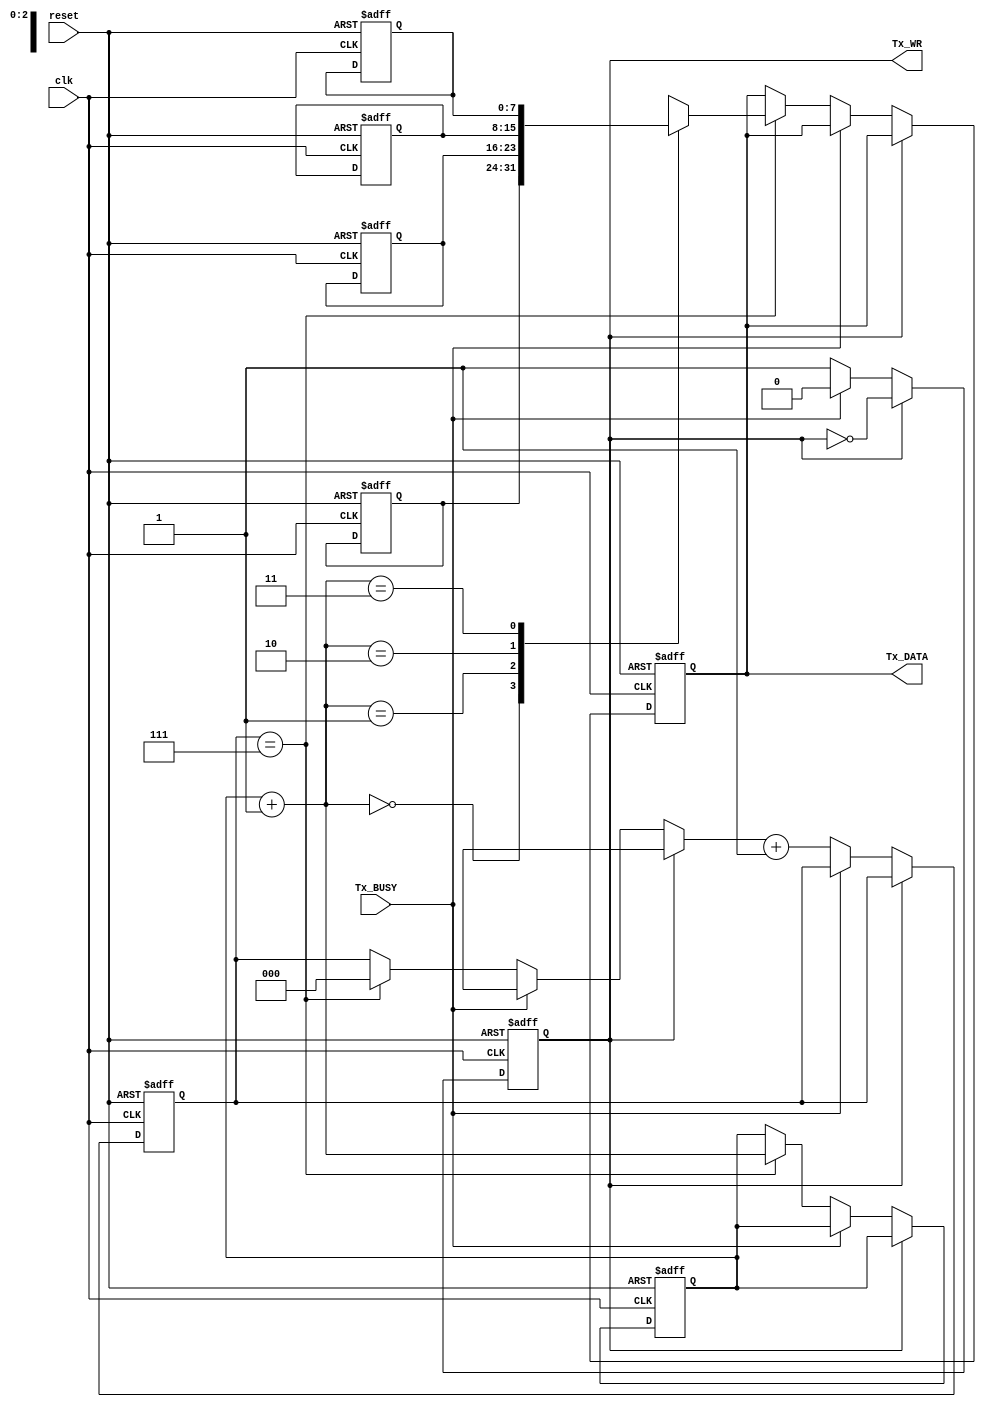
/* Axelou Olympia
 * oaxelou@uth.gr
 * 2161
 *
 * ce430
 * Project2: UART
 *
 * Part D-2: uart_transmitter_driver
 *
 *
 * uart_transmitter_driver: Selects the data to be transmitted.
 *
 * input : clk, reset, Tx_BUSY
 * output: Tx_WR, Tx_DATA
 *
 * The 4 symbols to be sent ('aa', '55', 'cc', '89') are stored in a buffer
 * which is accessed circularly.
 *
 * Comments on the implementation:
 * -> This transmitter driver circuit differs from the one of the partD-1:
 *    I have added a 3bit counter to slow down the circuit as - even for the
 *    slowest baud rate - it was too fast in real time.
 */

module uart_transmitter_driver(reset, clk, Tx_BUSY, Tx_DATA, Tx_WR);

  input reset, clk;
  input Tx_BUSY;

  output Tx_WR;
  output [7:0] Tx_DATA;

  reg Tx_WR;
  reg [7:0] Tx_DATA;

  reg [7:0] Tx_DATA_buffer [0:3];
  reg [1:0] word_counter;
  reg [2:0] counter_per_message;

  always @ (posedge clk or posedge reset) begin
    if(reset)
    begin
      Tx_DATA_buffer[0] = 8'b10101010;
      Tx_DATA_buffer[1] = 8'b01010101;
      Tx_DATA_buffer[2] = 8'b11001100;
      Tx_DATA_buffer[3] = 8'b10001001;
      word_counter = 2'b11;

      counter_per_message = 3'b000;

      Tx_DATA = Tx_DATA_buffer[0];
      Tx_WR = 1'b0;
    end
    else
    begin
      if(Tx_WR)
        Tx_WR = ~Tx_WR;
      else if(!Tx_BUSY) begin              // in every posedge of the clk enters
        if(counter_per_message == 3'b111) begin
          word_counter = word_counter + 1;   // the always block but only when
          Tx_DATA = Tx_DATA_buffer[word_counter]; // !Tx_BUSY sends new data
          counter_per_message = 3'b000;
        end
        counter_per_message = counter_per_message + 1;
        Tx_WR = 1'b1;      // to notify the transmitter that there's new data
      end
    end
  end
endmodule